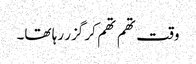
وقت تھم تھم کر گزر رہا تھا۔